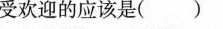
受欢迎的应该是( )